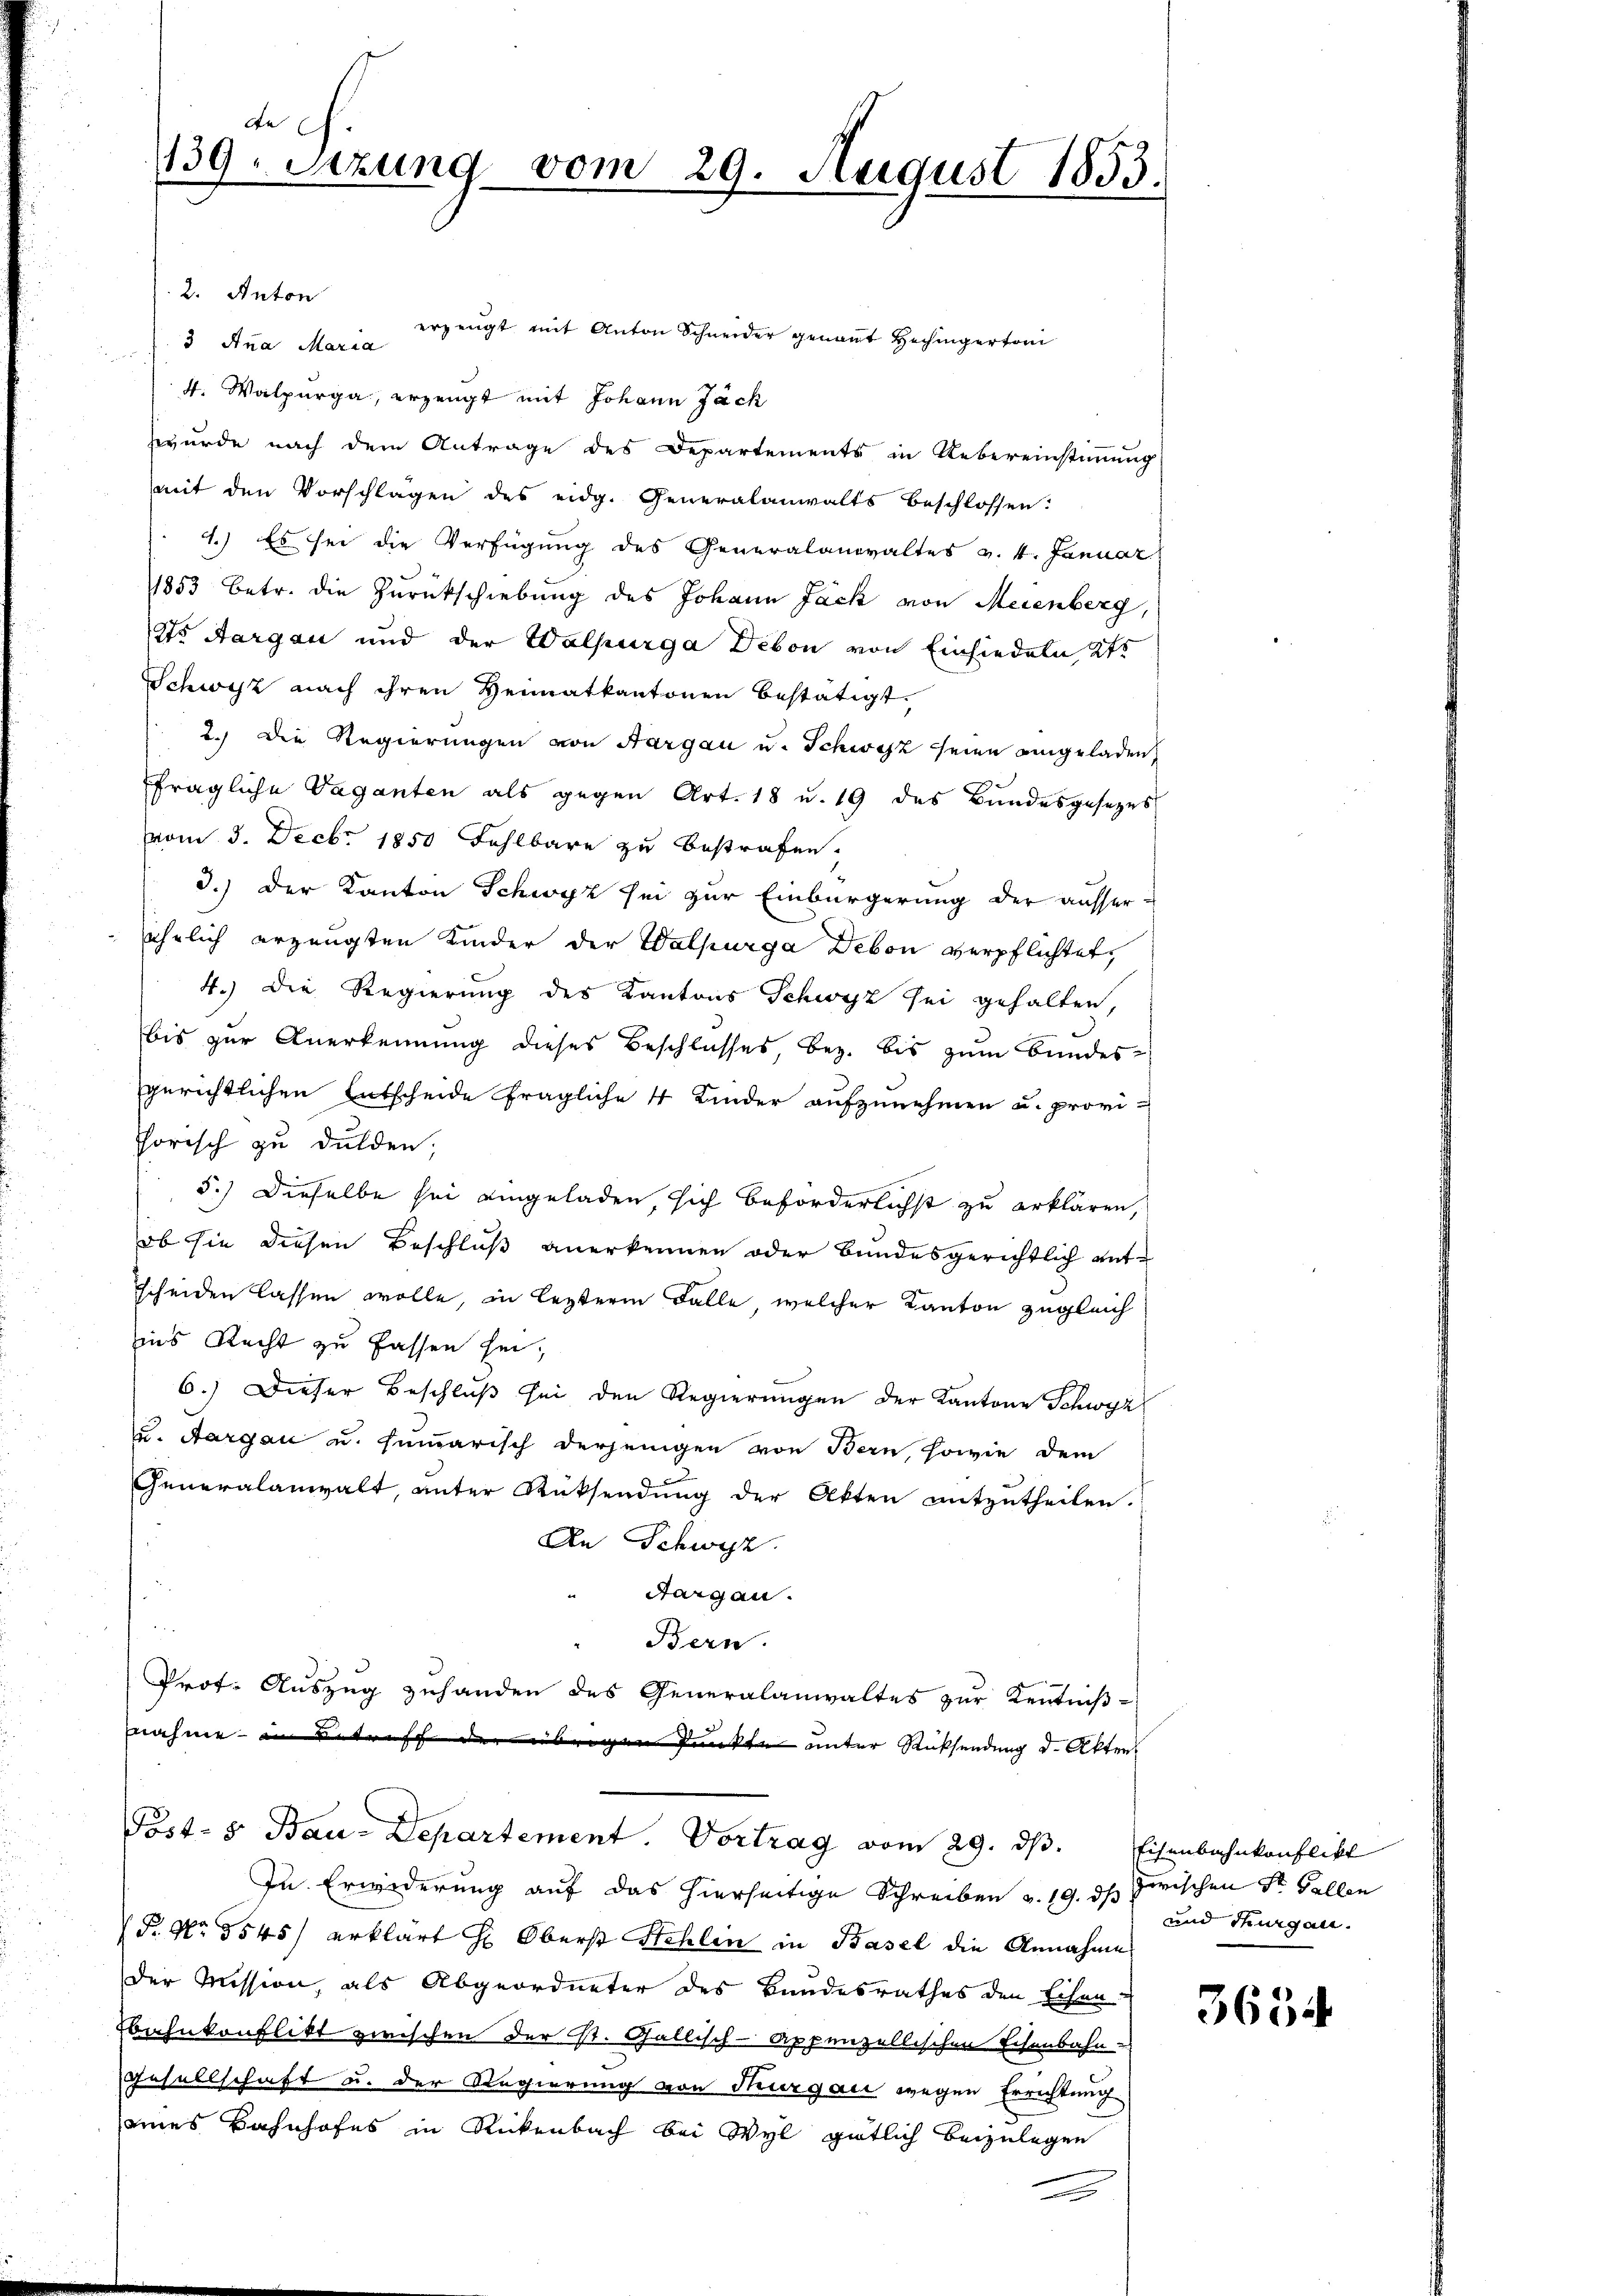
dch.
139. Sitzung vom 29. August 1853.

2. Anton
erzeugt mit Anton Schneider genannt Hechingertoni
3 Ana Maria
4. Walpurga, erzeugt mit Johann Zäch
wurde nach dem Antrage des Departements in Uebereinstimmung
mit den Vorschlägen des eidg. Generalanwalts beschlossen:
4.) Es sei die Verfügung des Generalanwaltes v. 4. Januar
1853 betr. die Zurückschiebung des Johann Jack von Meienberg,
to Aargau und der Walpürga Debon von Einsiedeln 2te
Schwyz nach ihren Heimatkantonen bestätigt.
2.) Die Regierungen von Aargau u. Schwyz seine eingeladen,
fragliche Vaganten als gegen Art. 18 u. 19 des Bŭndesgesezes
vom 3. Decbr. 1850 Fehlbare zu bestrafen.
3.) Der Kanton Schwyz sei zur Einbürgerung der ausser-
jährlich erzeugten Kinder der Walpurga Debon verpflichtet,
4.) Die Regierung des Kantons Schwyz sei gehalten,
bis zur Anerkennung dieses Beschlusses, bez. bis zum Bundes-
gerichtlichen Entscheide fragliche 4 Kinder aufzunehmen u. provi-
Thorisch zu dulden,
5.) Dieselbe sei eingeladen, sich beförderlichst zu erklären,
ob sie diesen Beschluß anerkennen oder Bundesgerichtlich entscheiden lassen wolle, in lezterm Falle, welcher Kanton zugleich
ins Recht zu fassen hin,
6.) Dieser Beschluß sei den Regierungen der Kantone Schwyz
u. Aargau u. fumarisch derjenigen von Bern, sowie dem
Generalanwalt, unter Rücksendung der Akten mitzutheilen.
An Schwyz.
Aargau.
Bern.
Prof. Auszug zuhanden des Generalanwaltes zur Kenntnißnahme in Betreff der übrigen Punkte unter Russendung d. Akten
Post- & Bau-Departement. Vortrag vom 29. dβ. Eisenbahnkonflikt
In Erwiderung auf das hierseitige Schreiben v. 19. ds Frischen St. Gallen
P. Nr. 5545) erklärt H. Oberst Schlin in Basel die Annahme
der Mission, als Abgeordneter des Bundesrathes den Eichen-
Ebahnkonflikt zwischen der St. Gallisch-Appenzellischen Eisenbahn-
Gesellschaft u. der Regierung von Thurgau wegen Errichtung
eines Bahnhofes in Rickenbach bei Wyl gütlich beizulegen
e

und Thurgau.

3654